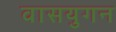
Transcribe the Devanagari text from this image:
वासयुगन